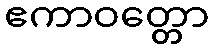
ဧကာဝတ္တော